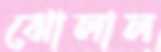
ঝোলাল